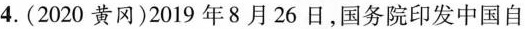
4.(2020黄冈)2019年8月26日，国务院印发中国自